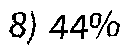
8) 44%